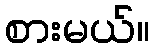
စားမယ်။